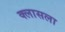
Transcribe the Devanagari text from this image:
क्लासला